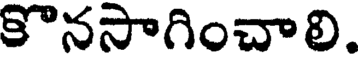
కొనసాగించాలి.